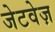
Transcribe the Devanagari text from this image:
जेटवेज़